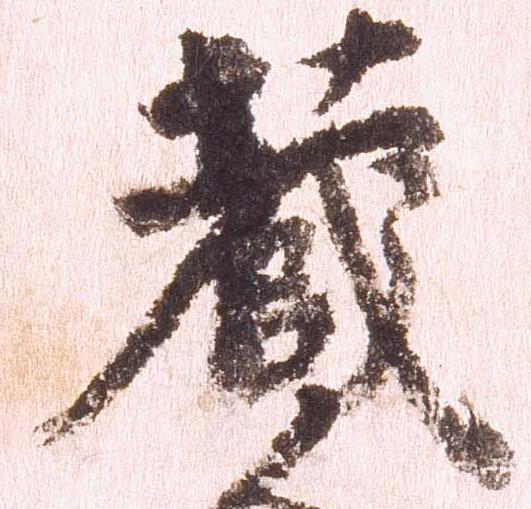
蔵